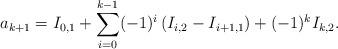
LaTeX: \begin{align*}a_{k+1}=I_{0,1}+\sum_{i=0}^{k-1}(-1)^i\left( I_{i,2}-I_{i+1,1}\right)+(-1)^kI_{k,2}.\end{align*}